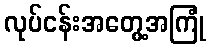
လုပ်ငန်းအတွေ့အကြုံ